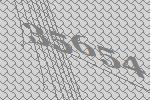
35654